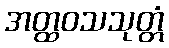
အတ္ထဝသသုတ္တံ